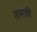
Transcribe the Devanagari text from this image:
सानोफी